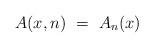
LaTeX: \begin{align*}A(x,n) \ = \ A_n(x)\end{align*}